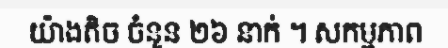
យ៉ាងតិច ចំនួន ២៦ នាក់ ។ សកម្មភាព